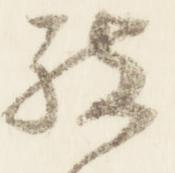
被